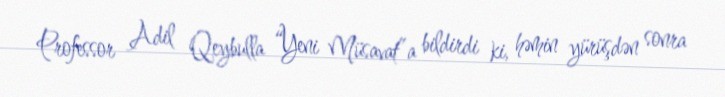
Professor Adil Qeybulla “Yeni Müsavat”a bildirdi ki, həmin yürüşdən sonra